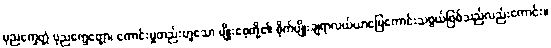
ပုညက္ခေတ္တံ ပုညက္ခေတ္တော၊ ကောင်းမှုတည်းဟူသော မျိုးစေ့တို့၏ စိုက်ပျိုးချရာလယ်ယာမြေကောင်းသဖွယ်ဖြစ်သည်လည်းကောင်း။